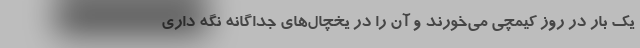
یک بار در روز کیمچی می‌خورند و آن را در یخچال‌های جداگانه نگه داری